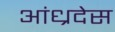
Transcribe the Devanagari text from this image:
आंध्रदेस